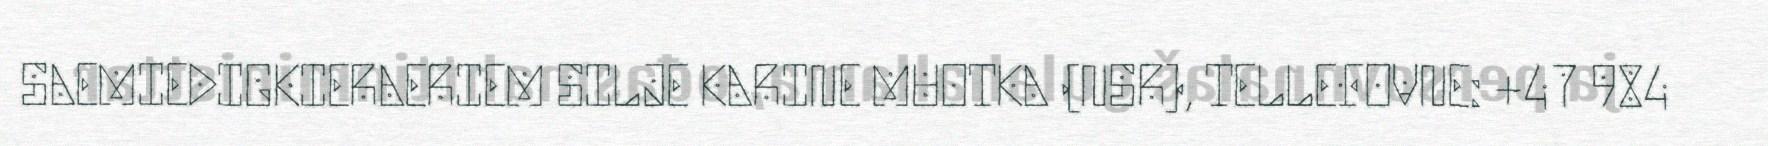
SAEMIEDIGKIERAERIEM SILJE KARINE MUOTKA (NSR), TELLEFOVNE: +47 984